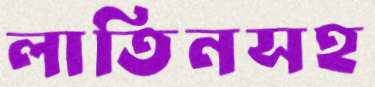
লাতিনসহ